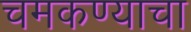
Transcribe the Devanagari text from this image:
चमकण्याचा